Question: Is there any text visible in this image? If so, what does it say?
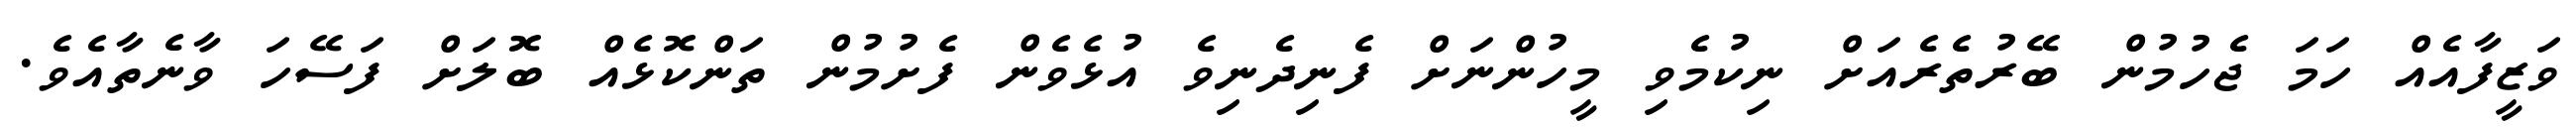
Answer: ވަޒީފާއެއް ހަމަ ޖެހުމުން ބޭރުތެރެއަށް ނިކުމެވި މީހުންނަށް ފެނިދެނިވެ އުޅެވެން ފެށުމުން ތަންކޮޅެއް ބޮލަށް ފަސޭހަ ވާނެތާއެވެ.